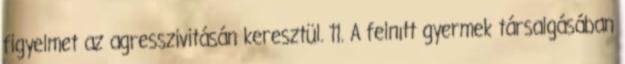
figyelmet az agresszivitásán keresztül. 11. A felnıtt gyermek társalgásában